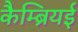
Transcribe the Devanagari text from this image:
कैम्ब्रियई